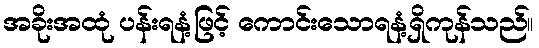
အခိုးအထုံ ပန်းရနံ့ဖြင့် ကောင်းသောရနံ့ရှိကုန်သည်။